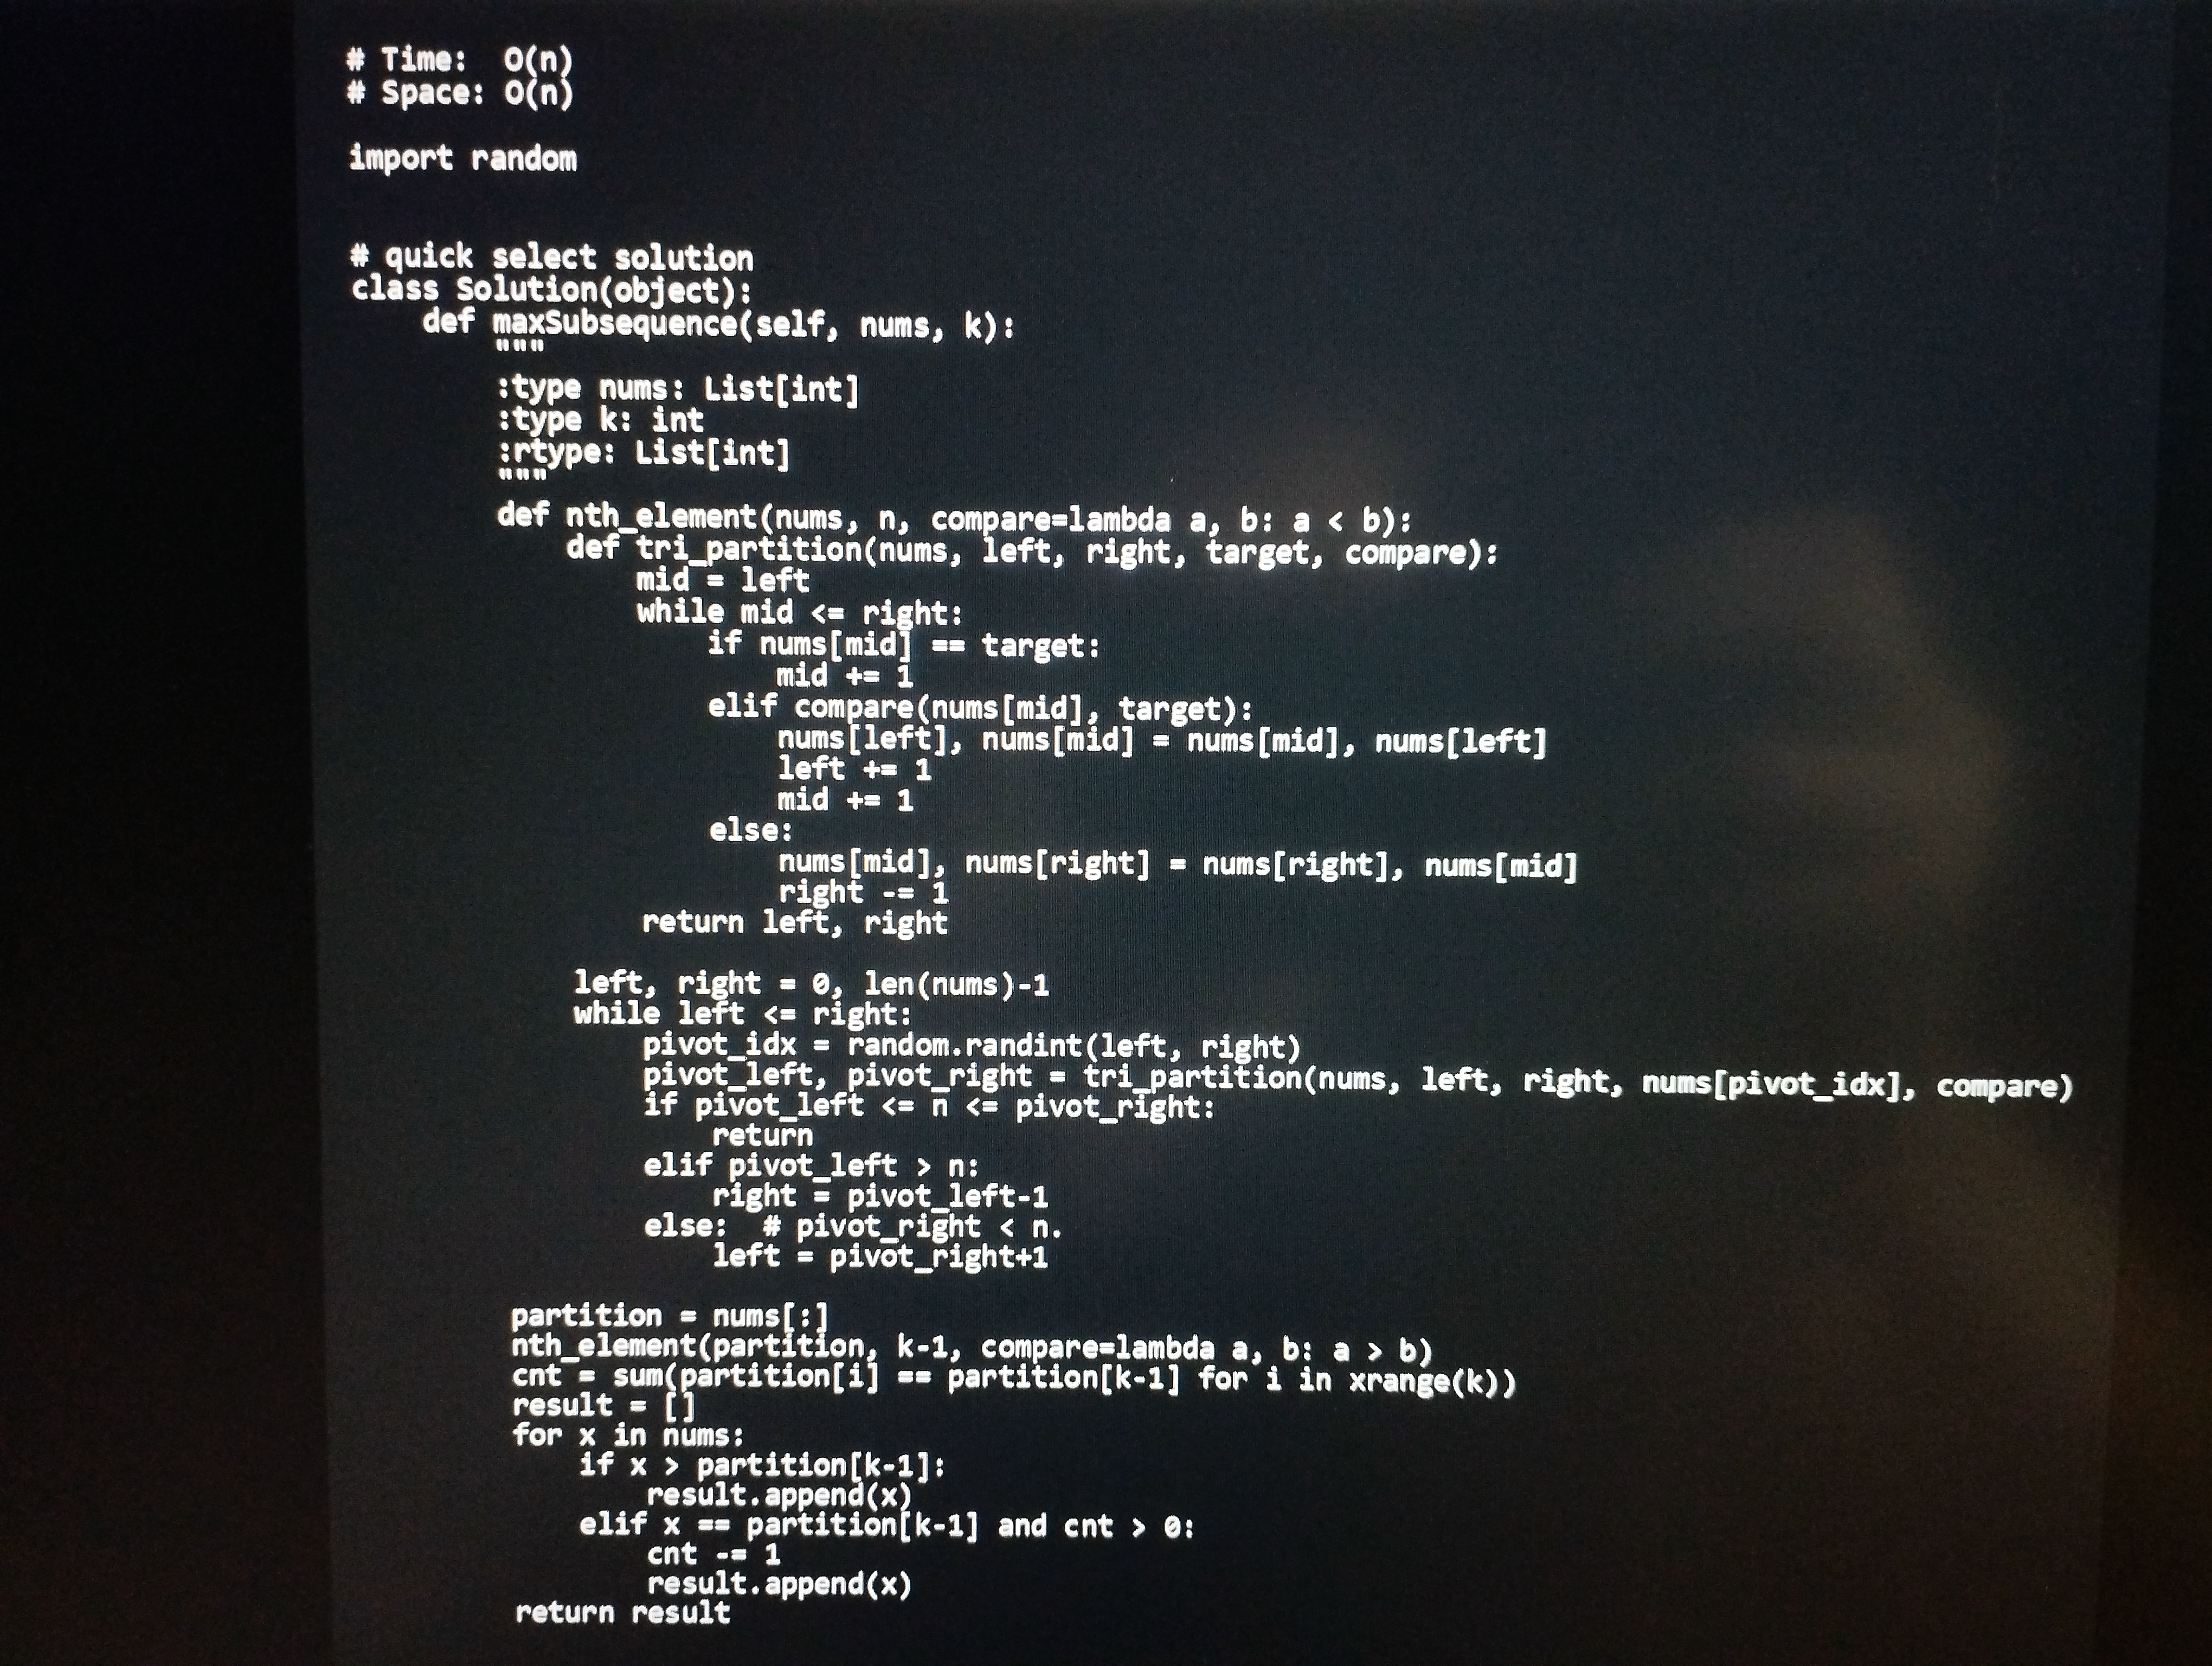
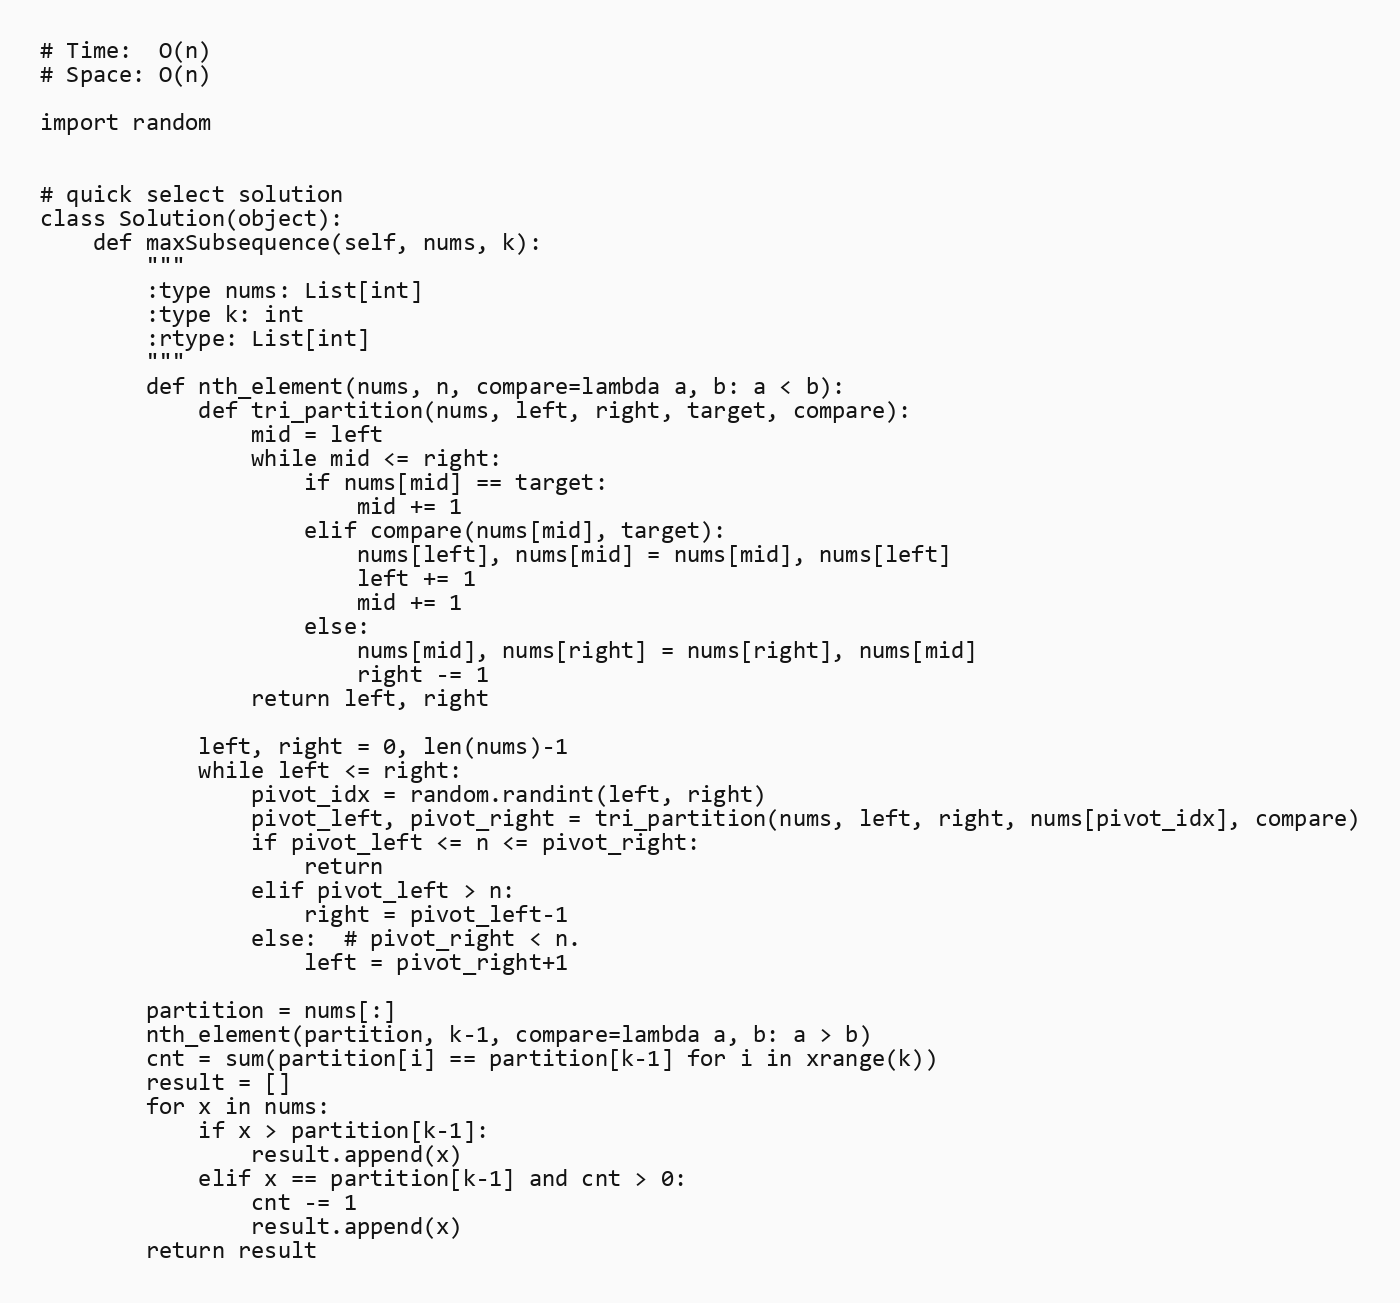
# Time:  O(n)
# Space: O(n)

import random

# quick select solution
class Solution(object):
    def maxSubsequence(self, nums, k):
        """
        :type nums: List[int]
        :type k: int
        :rtype: List[int]
        """
        def nth_element(nums, n, compare=lambda a, b: a < b):
            def tri_partition(nums, left, right, target, compare):
                mid = left
                while mid <= right:
                    if nums[mid] == target:
                        mid += 1
                    elif compare(nums[mid], target):
                        nums[left], nums[mid] = nums[mid], nums[left]
                        left += 1
                        mid += 1
                    else:
                        nums[mid], nums[right] = nums[right], nums[mid]
                        right -= 1
                return left, right

            left, right = 0, len(nums)-1
            while left <= right:
                pivot_idx = random.randint(left, right)
                pivot_left, pivot_right = tri_partition(nums, left, right, nums[pivot_idx], compare)
                if pivot_left <= n <= pivot_right:
                    return
                elif pivot_left > n:
                    right = pivot_left-1
                else:  # pivot_right < n.
                    left = pivot_right+1

        partition = nums[:]
        nth_element(partition, k-1, compare=lambda a, b: a > b)
        cnt = sum(partition[i] == partition[k-1] for i in xrange(k))
        result = []
        for x in nums:
            if x > partition[k-1]:
                result.append(x)
            elif x == partition[k-1] and cnt > 0:
                cnt -= 1
                result.append(x)
        return result